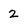
Character: 2